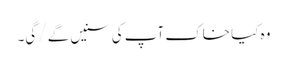
وہ کیا خاک آپ کی سنیں گے/ گی۔